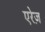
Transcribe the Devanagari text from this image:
एरेज़